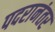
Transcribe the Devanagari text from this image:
पदरानंतर